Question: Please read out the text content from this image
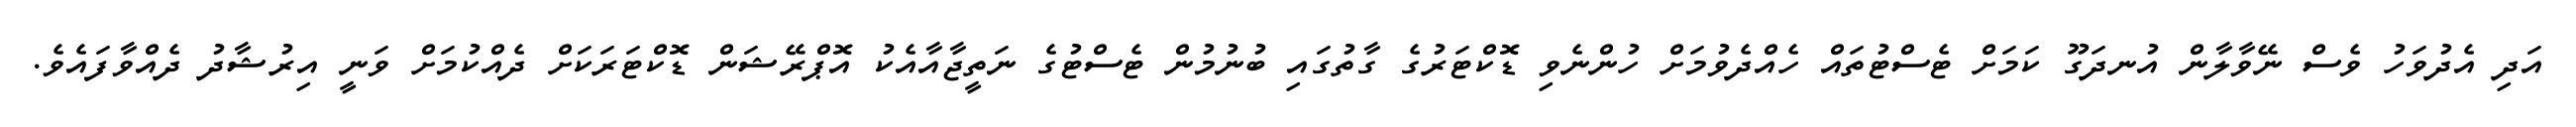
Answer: އަދި އެދުވަހު ވެސް ނޭވާލާން އުނދަގޫ ކަމަށް ޓެސްޓުތައް ހެއްދެވުމަށް ހުންނެވި ޑޮކްޓަރުގެ ގާތުގައި ބުނުމުން ޓެސްޓުގެ ނަތީޖާއާއެކު އޮޕްރޭޝަން ޑޮކްޓަރަކަށް ދެއްކުމަށް ވަނީ އިރުޝާދު ދެއްވާފައެވެ.